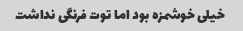
خیلی خوشمزه بود اما توت فرنگی نداشت